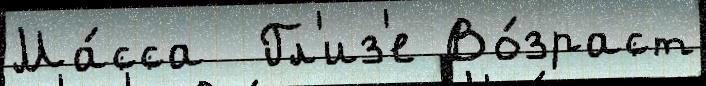
Ма́сса  Гл'из'е Во́зраст